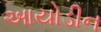
આયોડીન